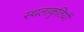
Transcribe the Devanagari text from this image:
स्थलाकॄतियों